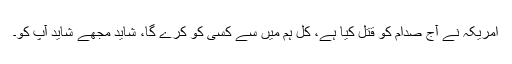
امریکہ نے آج صدام کو قتل کیا ہے، کل ہم میں سے کسی کو کرے گا، شاید مجھے شاید آپ کو۔